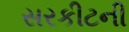
સરકીટની